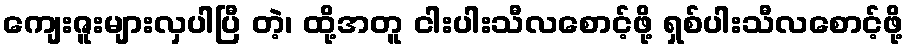
ကျေးဇူးများလှပါပြီ တဲ့၊ ထို့အတူ ငါးပါးသီလစောင့်ဖို့ ရှစ်ပါးသီလစောင့်ဖို့